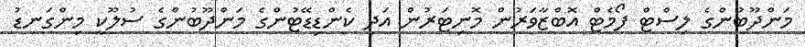
މަންދޫބުންގެ ލިސްޓް ފޯމެޓް އޮޮބްޒާވަރުން މޮނިޓަރުން އަދި ކެންޑިޑޭޓުންގެ މަންދޫބުންގެ ސުލޫކީ މިންގަނޑު